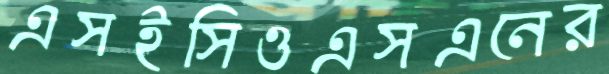
এসইসিওএসএনের